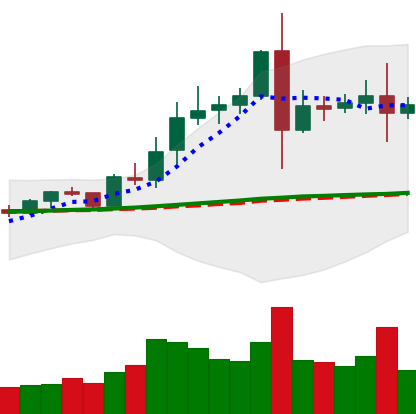
Ticker: EOS-USD
Chart end date: 2020-08-08
Forward return: 4.177%
Label: up_3_5